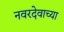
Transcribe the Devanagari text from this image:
नवरदेवाच्या